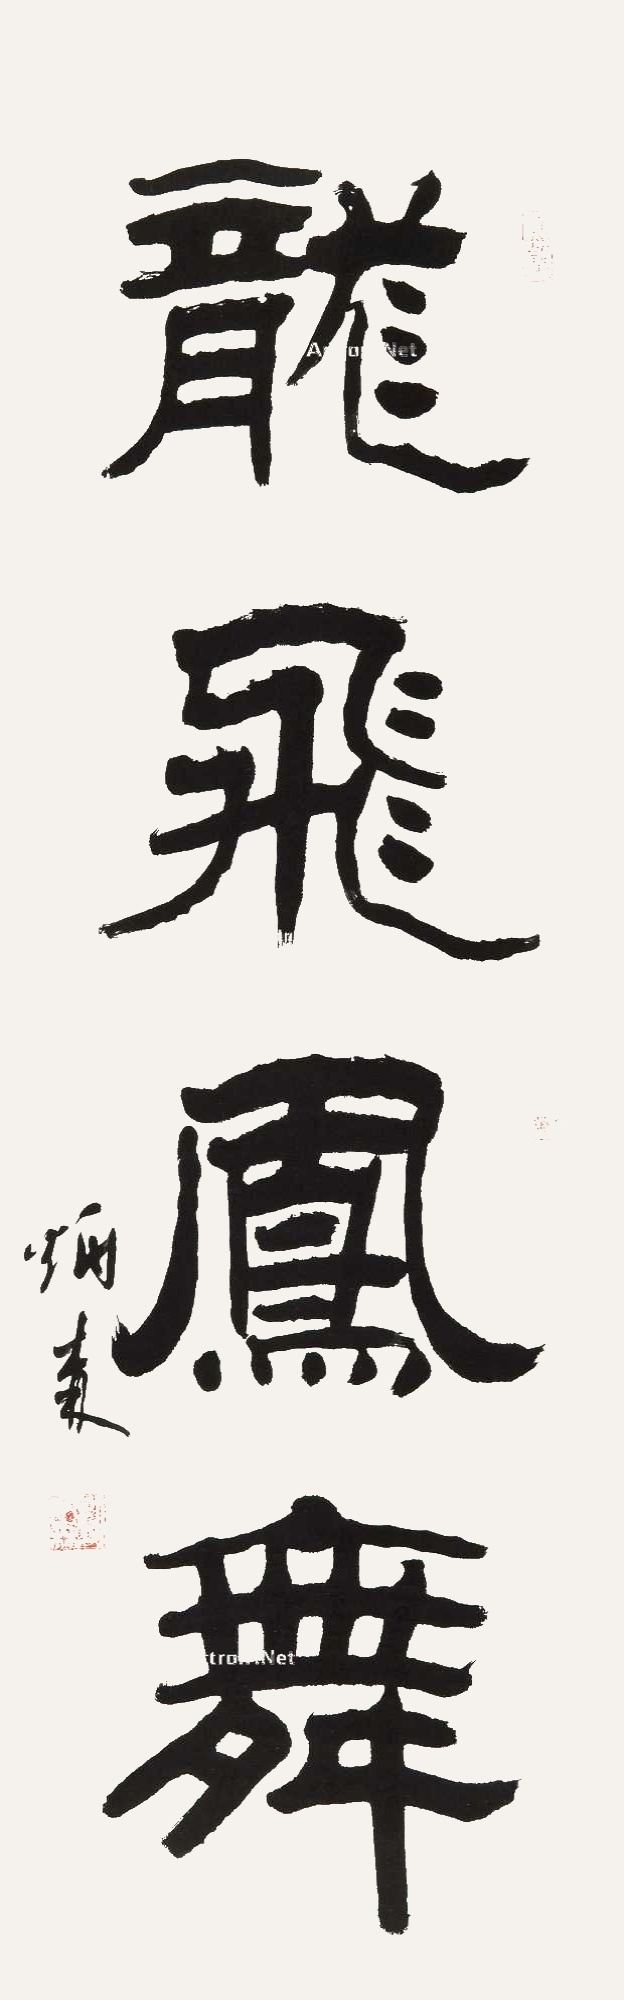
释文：龙飞凤舞刘炳森